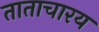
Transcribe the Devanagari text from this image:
ताताचारय